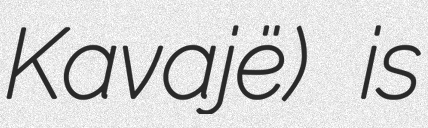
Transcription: Kavajë) is